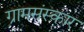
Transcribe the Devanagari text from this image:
ग्रामसंस्कार